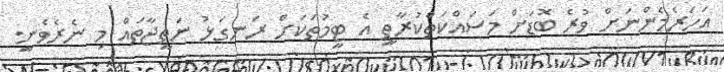
އަހަރެމެންނަށް ވުރެ ބޮޑަށް މަސައްކަތްކުރާތީ އެ ޓީމުތަކަށް ރަނގަޅު ނަތީޖާތައް މި ނެރެވެނީ.